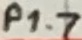
Text: P1.7